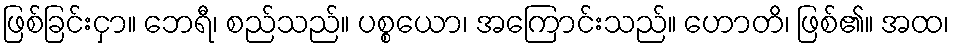
ဖြစ်ခြင်းငှာ။ ဘေရီ၊ စည်သည်။ ပစ္စယော၊ အကြောင်းသည်။ ဟောတိ၊ ဖြစ်၏။ အထ၊